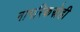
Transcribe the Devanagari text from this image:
नागरिकस्नेही